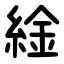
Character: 䋮